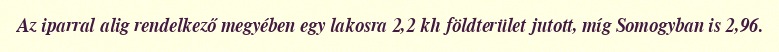
Az iparral alig rendelkező megyében egy lakosra 2,2 kh földterület jutott, míg Somogyban is 2,96.